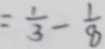
= \frac { 1 } { 3 } - \frac { 1 } { 8 }